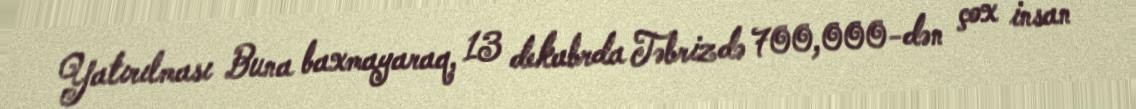
Yatırılması Buna baxmayaraq, 13 dekabrda Təbrizdə 700,000-dən çox insan